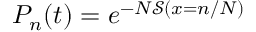
\begin{array} { r } { P _ { n } ( t ) = e ^ { - N \mathcal { S } ( x = n / N ) } } \end{array}